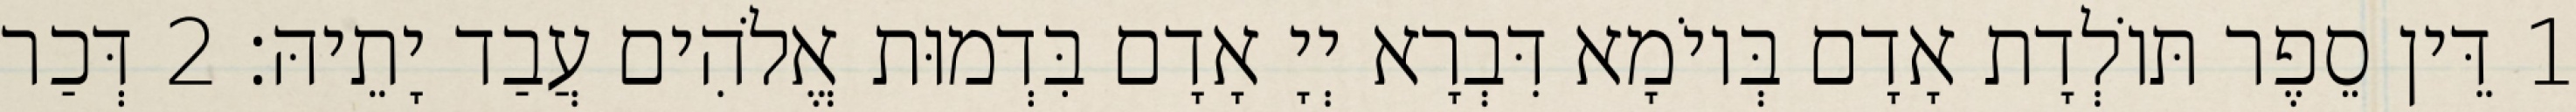
1 דֵּין סֵפֶר תּוֹלְדָת אָדָם בְּיוֹמָא דִּבְרָא יְיָ אָדָם בִּדְמוּת אֱלֹהִים עֲבַד יָתֵיהּ׃ 2 דְּכַר